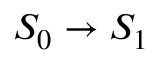
S _ { 0 } \rightarrow S _ { 1 }